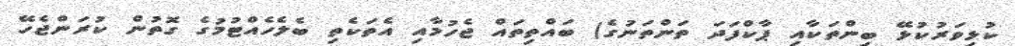
ކުޅިވަރުކުޅޭ ބިންތަކާއި ޕާކްފަދަ ތަންތަނުގެ) ބައްތިތައް ޖެހުމާއި އެތަކެތި ބެލެހެއްޓުމުގެ ގޮތުން ކުރަންޖެހޭ